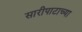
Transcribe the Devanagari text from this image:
सारीपाटाच्या